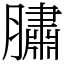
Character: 䐹